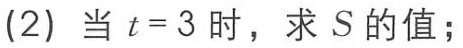
(2) 当 \(t = 3\) 时，求 \(S\) 的值；